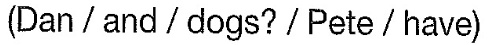
(Dan/and/dogs?/Pete/have)